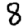
Digit: 8